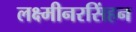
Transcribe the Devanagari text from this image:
लक्ष्मीनरसिंहन